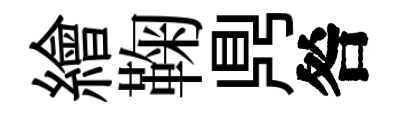
繪鞠𪔂咎